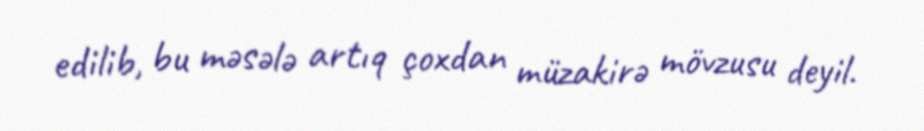
edilib, bu məsələ artıq çoxdan müzakirə mövzusu deyil.